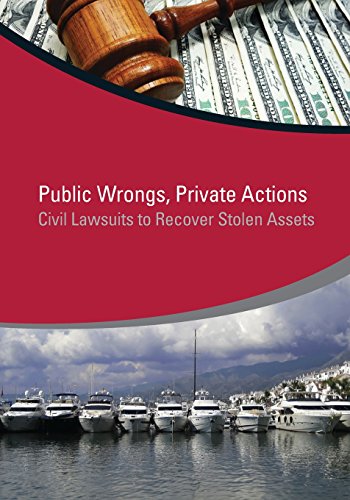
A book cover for Public Wrongs, Private Actions: Civil Lawsuits to Recover Stolen Assets (StAR Initiative); Jean-Pierre Brun; Law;